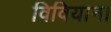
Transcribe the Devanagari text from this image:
विवियाना